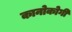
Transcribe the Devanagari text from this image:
कानोकोगी